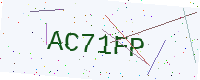
Text: AC71FP